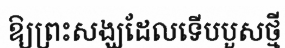
ឱ្យព្រះសង្ឃដែលទើបបួសថ្មី